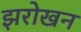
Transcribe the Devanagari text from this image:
झरोखन